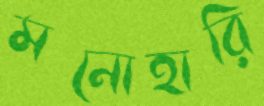
মনোহারি